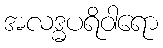
အလဒ္ဓပရိဝါရော